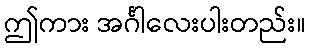
ဤကား အင်္ဂါလေးပါးတည်း။